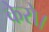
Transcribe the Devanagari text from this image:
केरो।